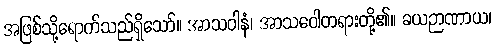
အဖြစ်သို့ရောက်သည်ရှိသော်။ အာသဝါနံ၊ အာသဝေါတရားတို့၏။ ခယဉာဏာယ၊